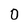
Character: 0